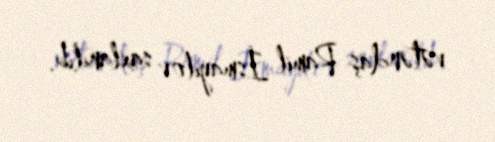
vətəndaş Ramil İsmayılov saxlanılıb.